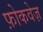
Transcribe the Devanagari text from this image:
फ़ोकवेज़